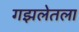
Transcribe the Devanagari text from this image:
गझलेतला